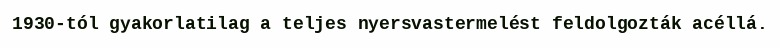
1930-tól gyakorlatilag a teljes nyersvastermelést feldolgozták acéllá.